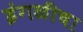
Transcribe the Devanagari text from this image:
इंगळीचा